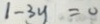
1 - 3 y = 0